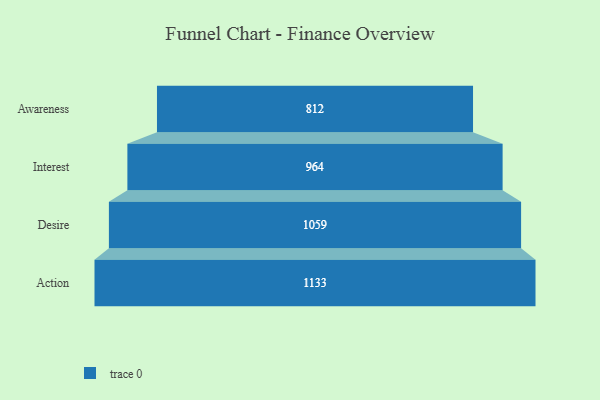
{"axis": {"x": "Stage", "y": "Value"}, "legend": [""], "data": [{"x": "Awareness", "y": 812.0, "type": ""}, {"x": "Interest", "y": 964.0, "type": ""}, {"x": "Desire", "y": 1059.0, "type": ""}, {"x": "Action", "y": 1133.0, "type": ""}]}